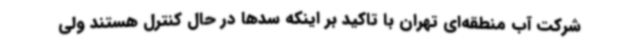
شرکت آب منطقه‌ای تهران با تاکید بر اینکه سدها در حال کنترل هستند ولی